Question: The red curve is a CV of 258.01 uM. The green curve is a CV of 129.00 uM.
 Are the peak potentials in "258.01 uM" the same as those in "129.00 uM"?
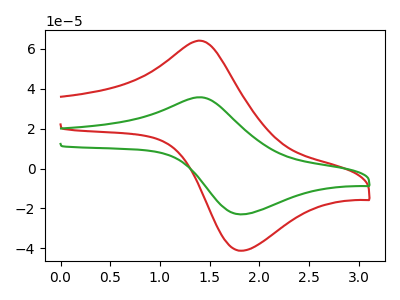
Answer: <think>The red curve "258.01 uM" has an anodic peak at (1.40V, 64.10uA) and a cathodic peak at (1.80V, -41.20uA). The green curve "129.00 uM" has an anodic peak at (1.40V, 35.75uA) and a cathodic peak at (1.80V, -23.00uA).</think>
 <answer>Yes, "258.01 uM" have a peak in "129.00 uM" at the same potential.</answer>
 <eval>match</eval>